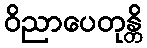
ဝိညာပေတုန္တိ